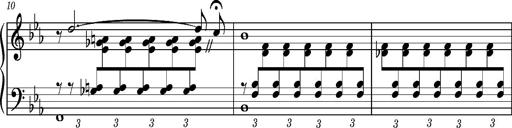
Title: PrÃ©ludes et Harmonies poÃ©tiques et religieuses
Composer: Franz Liszt